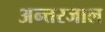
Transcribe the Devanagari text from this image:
अन्त्तरजाल